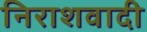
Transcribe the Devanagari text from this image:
निराशवादी